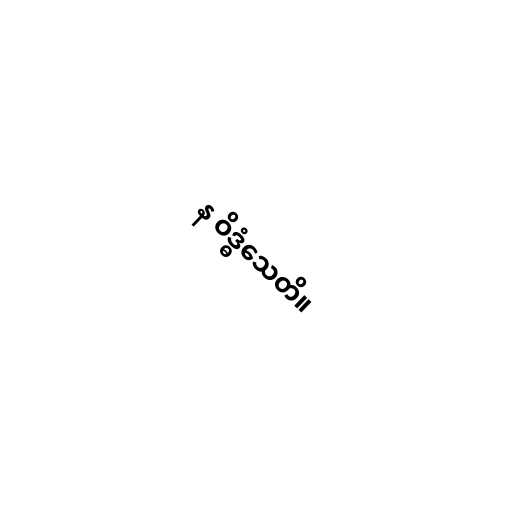
န ဝိဒ္ဓံသေတိ။